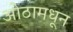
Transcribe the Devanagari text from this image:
ओठामधून